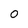
Character: 0